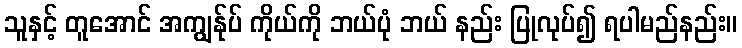
သူနှင့် တူအောင် အကျွန်ုပ် ကိုယ်ကို ဘယ်ပုံ ဘယ် နည်း ပြုလုပ်၍ ရပါမည်နည်း။